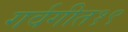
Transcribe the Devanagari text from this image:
गर्वगीत१९